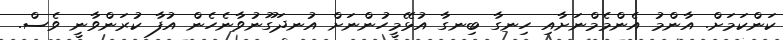
ކަންކަމަށް. އާންމު އެންމެމްނަށާއި ހިނގާ ބިނގާ އުޅޭމީހުންނަށް އުނދަގޫނުވާނެހެން އުފާ ކުރަންވާނީ ވެސް.